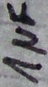
Text: 1µF